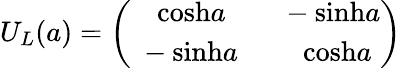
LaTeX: U_{L}(a)=\left(\begin{array}{cc}{{\ \ \mathrm{cosh}a}}&{{\ \ -\mathrm{sinh}a}}\\ {{\ -\mathrm{sinh}a}}&{{\ \ \ \ \mathrm{cosh}a}}\end{array}\right)